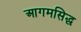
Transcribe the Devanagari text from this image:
आगमसिद्ध